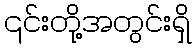
၎င်းတို့အတွင်းရှိ